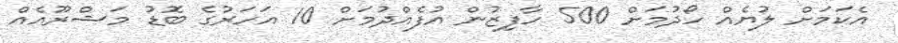
އެކަމަށް ލުޔެއް ހޯދުމަށް 500 ހާފިޒުން އުފެއްދުމަށް 10 އަހަރުގެ ބޮޑު މަޝްރޫއެއް